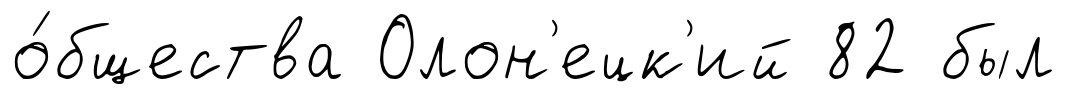
о́бщества Олон'ецк'ий 82 был